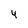
Character: 4